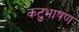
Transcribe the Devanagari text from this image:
कटुभाषण